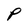
Character: P